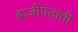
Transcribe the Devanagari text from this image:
बाजीपंतांची